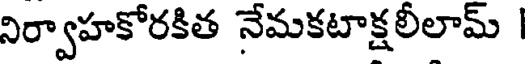
నిర్వాహకోరకిత నేమకటాక్షలీలామ్ |